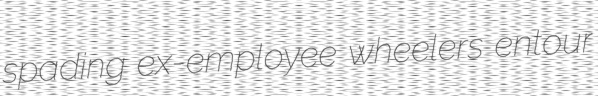
spading ex-employee wheelers entour